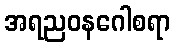
အရညဝနဂေါစရာ